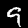
Label: 9